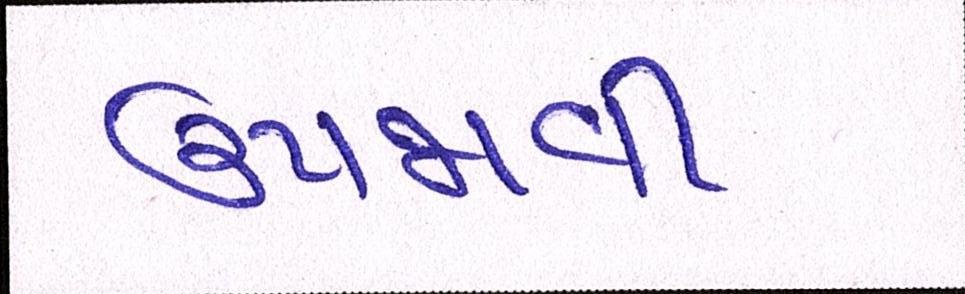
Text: ઉપજાવી